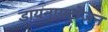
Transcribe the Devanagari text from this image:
डायनायट्रोजन